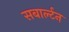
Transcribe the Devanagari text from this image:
सबार्ल्टन